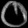
Digit: ၀